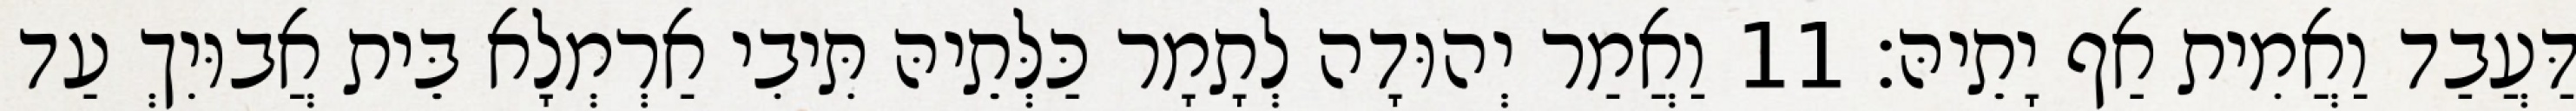
דַּעֲבַד וַאֲמִית אַף יָתֵיהּ׃ 11 וַאֲמַר יְהוּדָה לְתָמָר כַּלְּתֵיהּ תִּיבִי אַרְמְלָא בֵּית אֲבוּיִךְ עַד